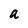
Character: a